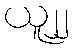
ယူ၂၂